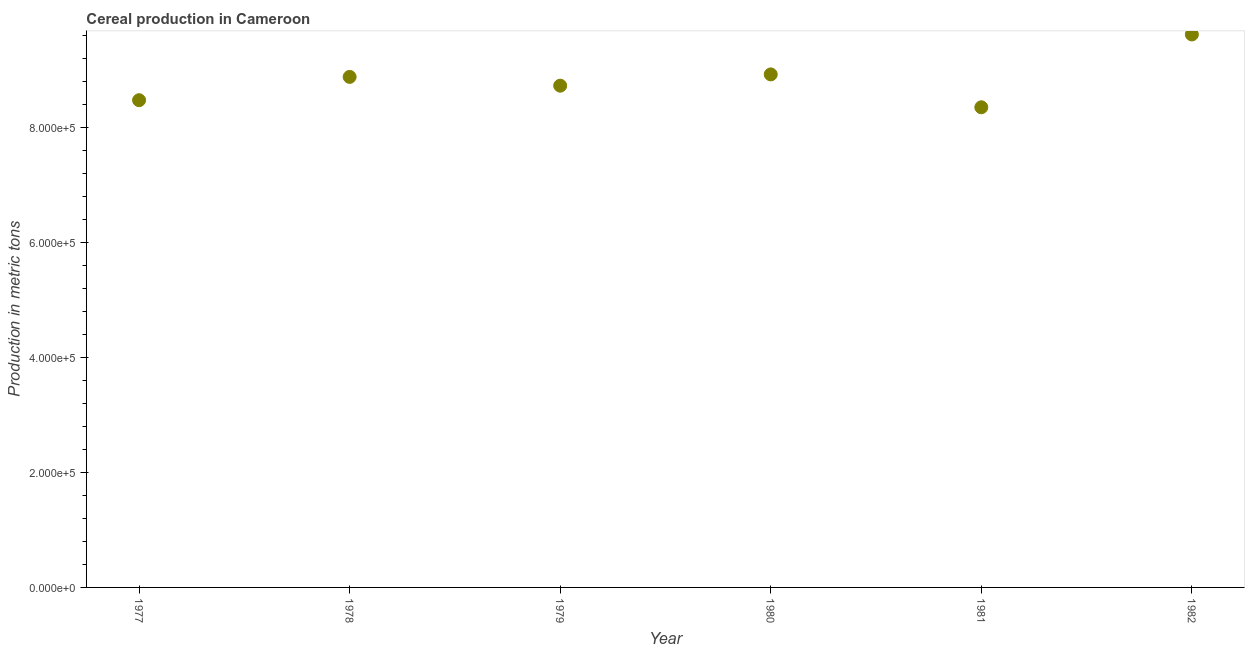
| Year | Cereal production |
 | --- | --- |
 | 1977 | 8.47e+05 |
 | 1978 | 8.87e+05 |
 | 1979 | 8.72e+05 |
 | 1980 | 8.92e+05 |
 | 1981 | 8.35e+05 |
 | 1982 | 9.61e+05 |